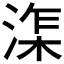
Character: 𰜘